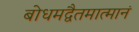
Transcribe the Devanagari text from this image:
बोधमद्वैतमात्मानं